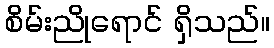
စိမ်းညိုရောင် ရှိသည်။